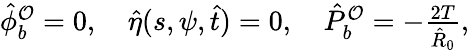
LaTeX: \begin{array}{r}{\hat{\phi}_{b}^{\mathcal{O}}=0,\quad\hat{\eta}(s,\psi,\hat{t})=0,\quad\hat{P}_{b}^{\mathcal{O}}=-\frac{2T}{\hat{R}_{0}},}\end{array}